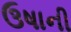
ઉષાની